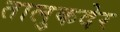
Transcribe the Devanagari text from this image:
तालुकदेर